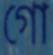
গো